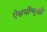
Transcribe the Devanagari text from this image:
ऐश्वर्योन्मुखी